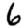
Digit: 6